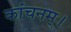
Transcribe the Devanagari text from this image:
कांचनम्।